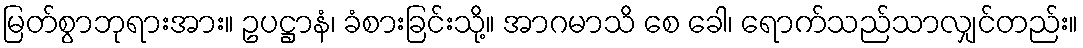
မြတ်စွာဘုရားအား။ ဥပဋ္ဌာနံ၊ ခံစားခြင်းသို့။ အာဂမာသိ စေ ခေါ၊ ရောက်သည်သာလျှင်တည်း။